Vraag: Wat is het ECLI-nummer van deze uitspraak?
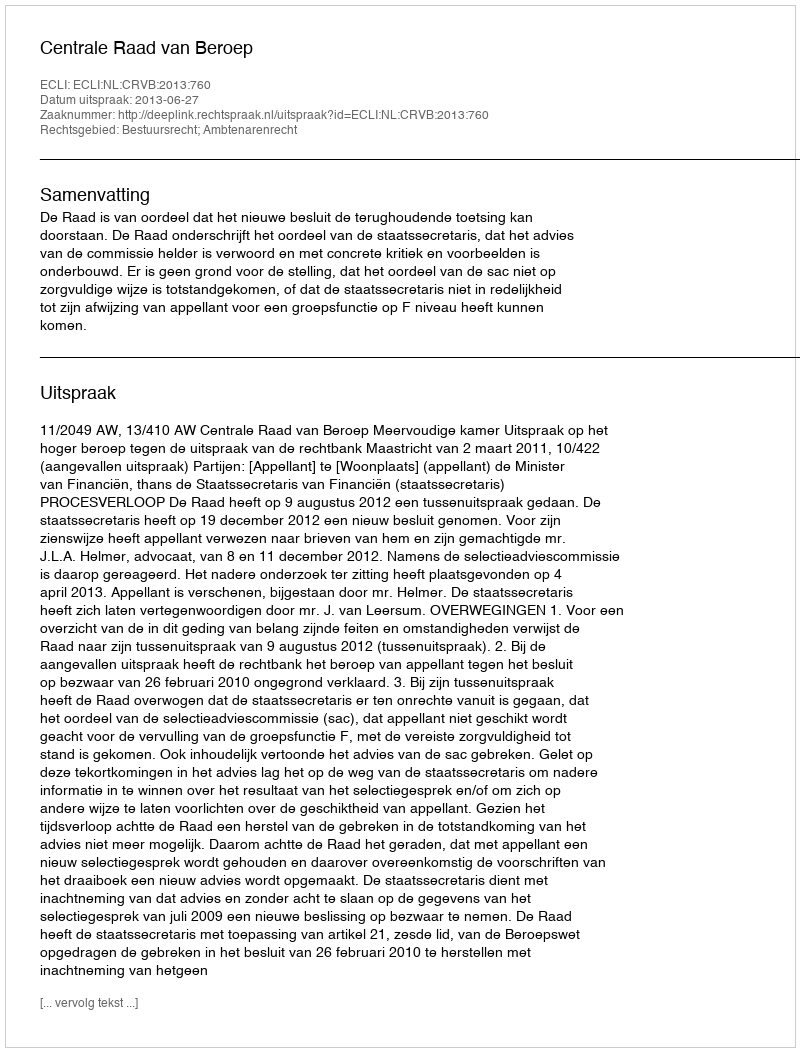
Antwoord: ECLI:NL:CRVB:2013:760